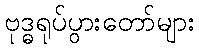
ဗုဒ္ဓရုပ်ပွားတော်များ